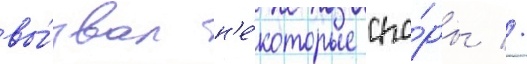
вы́звал н'е́которые спо́ры //